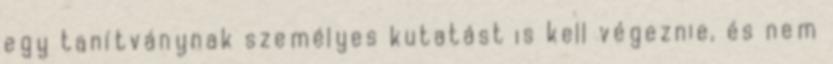
egy tanítványnak személyes kutatást is kell végeznie, és nem